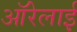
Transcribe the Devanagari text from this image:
ऑरेलाई